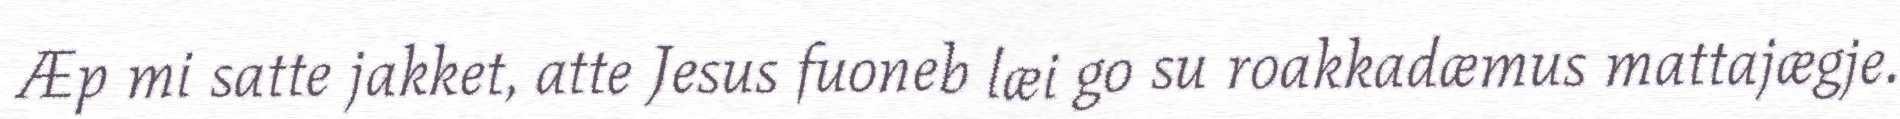
Æp mi satte jakket, atte Jesus fuoneb læi go su roakkadæmus mattajægje.